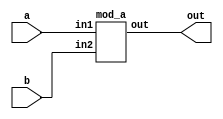
module top_module ( input a, input b, output out );

    mod_a inst(
        .in1(a),
        .in2(b),
        .out(out)
    );

endmodule

module mod_a ( input in1, input in2, output out );
    // Module body
endmodule